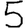
Digit: 5